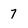
Character: 7